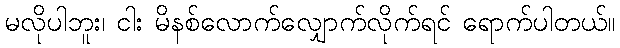
မလိုပါဘူး၊ ငါး မိနစ်လောက်လျှောက်လိုက်ရင် ရောက်ပါတယ်။